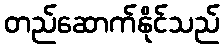
တည်ဆောက်နိုင်သည်